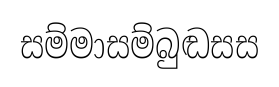
සම්මාසම්බුඬසස